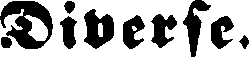
Diverse.